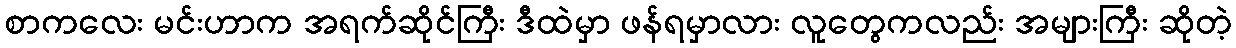
စာကလေး မင်းဟာက အရက်ဆိုင်ကြီး ဒီထဲမှာ ဖန်ရမှာလား လူတွေကလည်း အများကြီး ဆိုတဲ့